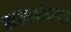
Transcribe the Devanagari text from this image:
एअरलॉकना